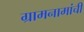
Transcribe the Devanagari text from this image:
ग्रामनामांची